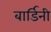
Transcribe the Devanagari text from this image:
बार्डिनी